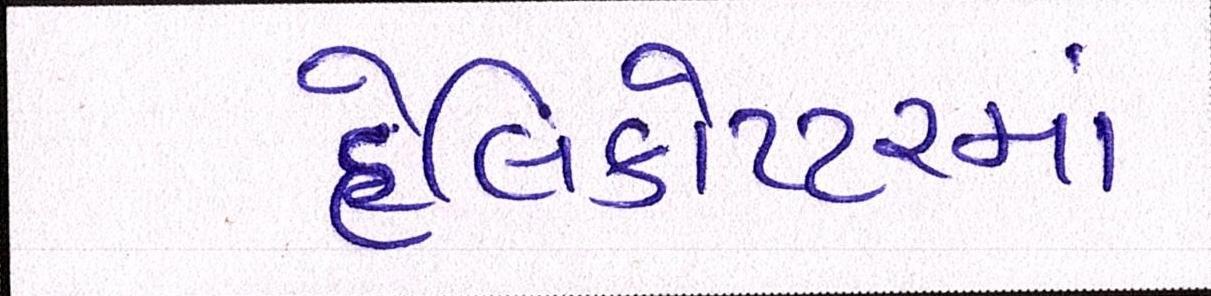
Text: હેલિકોપ્ટરમાં